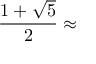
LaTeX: { \frac { 1 + { \sqrt { 5 } } } { 2 } } \approx